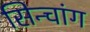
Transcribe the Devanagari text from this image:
सिन्चांग